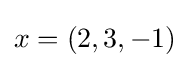
x=(2,3,-1)